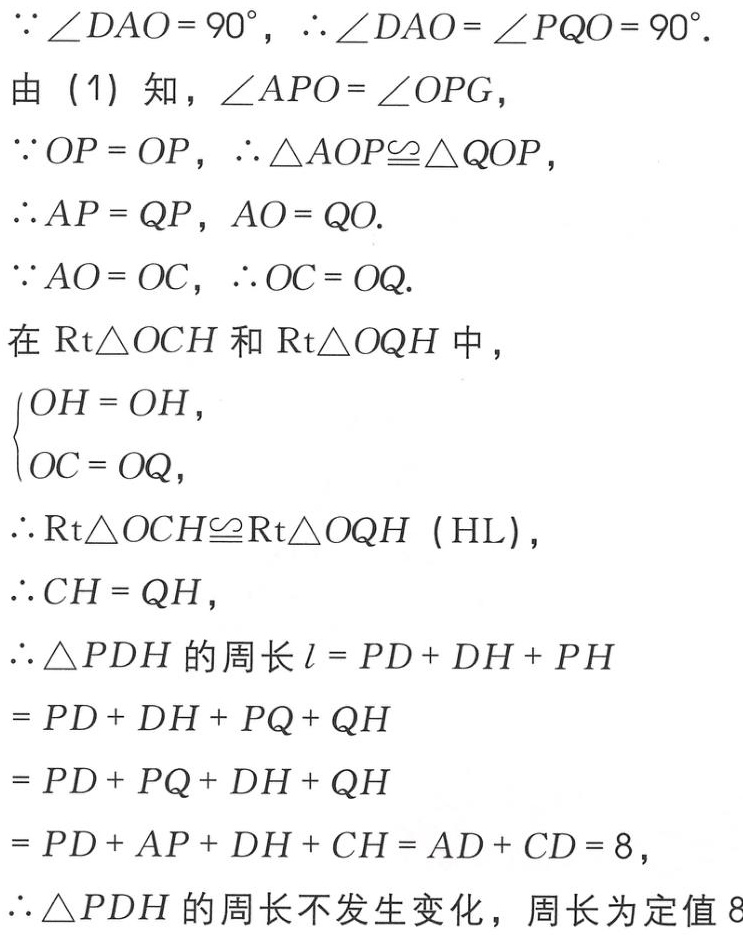
\(\because \angle DAO = 90^{\circ}, \therefore \angle DAO = \angle PQO = 90^{\circ}.\)
由（1）知，\(\angle APO = \angle OPG,\)
\(\because OP = OP, \therefore \triangle AOP\cong\triangle QOP,\)
\(\therefore AP = QP, AO = QO.\)
\(\because AO = OC, \therefore OC = OQ.\)
在\(Rt\triangle OCH\)和\(Rt\triangle OQH\)中，
\(\begin{cases}
OH = OH,\\
OC = OQ,
\end{cases}\)
\(\therefore Rt\triangle OCH\cong Rt\triangle OQH\)（HL），
\(\therefore CH = QH,\)
\(\therefore \triangle PDH\)的周长\(l = PD + DH + PH\)
\(= PD + DH + PQ + QH\)
\(= PD + PQ + DH + QH\)
\(= PD + AP + DH + CH = AD + CD = 8,\)
\(\therefore \triangle PDH\)的周长不发生变化，周长为定值\(8\)